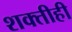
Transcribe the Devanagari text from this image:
शक्तीही